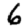
Digit: 6